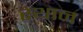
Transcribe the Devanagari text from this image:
स्‍थान